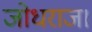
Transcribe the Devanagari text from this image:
जोधराज।